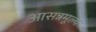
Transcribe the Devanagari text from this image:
आसन्नमूल्य